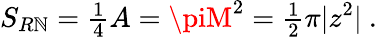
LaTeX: S_{R\mathbb{N}}={\textstyle\frac{{1}}{{4}}}A=\piM^{2}={\textstyle\frac{{1}}{{2}}}\pi|z^{2}|\ .